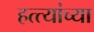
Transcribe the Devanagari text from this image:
हत्त्यांच्या